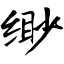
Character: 缈